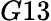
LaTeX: G13